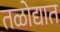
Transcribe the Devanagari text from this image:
तळोद्यात